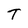
Character: T